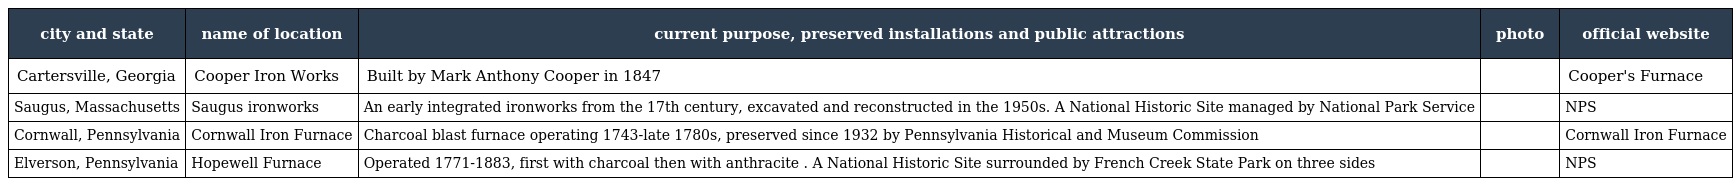
| city and state | name of location | current purpose, preserved installations and public attractions | photo | official website |
 | --- | --- | --- | --- | --- |
 | Cartersville, Georgia | Cooper Iron Works | Built by Mark Anthony Cooper in 1847 |  | Cooper's Furnace |
 | Saugus, Massachusetts | Saugus ironworks | An early integrated ironworks from the 17th century, excavated and reconstructed in the 1950s. A National Historic Site managed by National Park Service |  | NPS |
 | Cornwall, Pennsylvania | Cornwall Iron Furnace | Charcoal blast furnace operating 1743-late 1780s, preserved since 1932 by Pennsylvania Historical and Museum Commission |  | Cornwall Iron Furnace |
 | Elverson, Pennsylvania | Hopewell Furnace | Operated 1771-1883, first with charcoal then with anthracite . A National Historic Site surrounded by French Creek State Park on three sides |  | NPS |